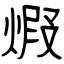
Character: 煆